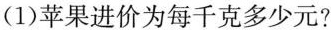
(1)苹果进价为每千克多少元?